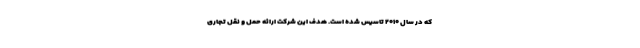
که در سال ۲۰۱۰ تاسیس شده است. هدف این شرکت ارائه حمل و نقل تجاری